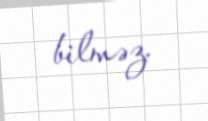
bilməz.